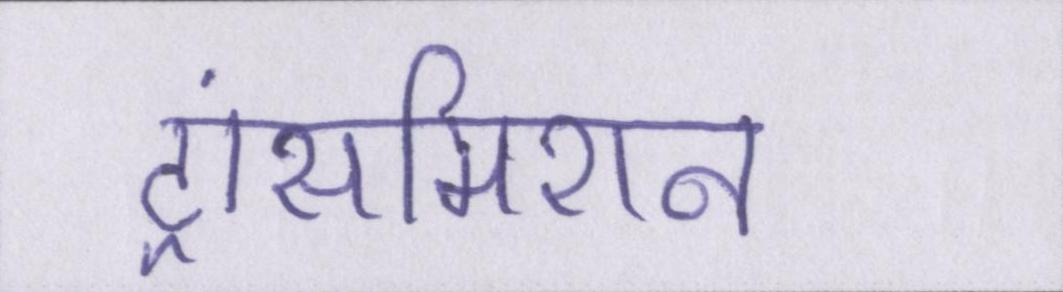
ट्रांसमिशन